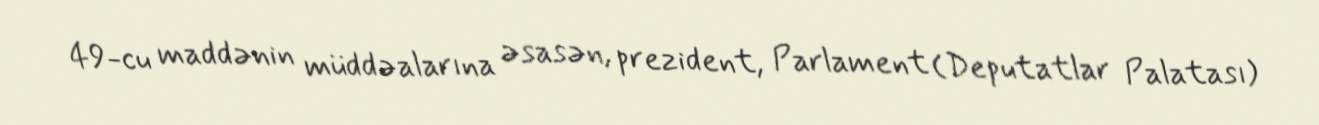
49-cu maddənin müddəalarına əsasən, prezident, Parlament (Deputatlar Palatası)